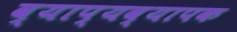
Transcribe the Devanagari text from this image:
व्याप्यव्यापक